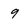
Character: 9